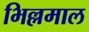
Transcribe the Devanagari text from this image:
भिल्लमाल